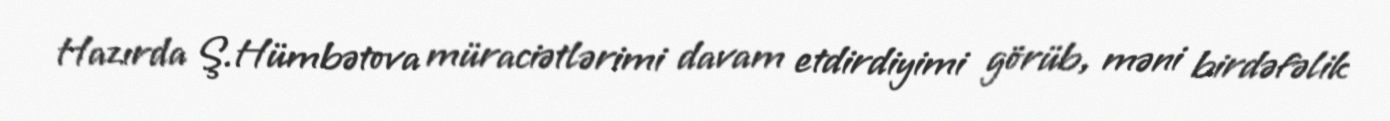
Hazırda Ş.Hümbətova müraciətlərimi davam etdirdiyimi görüb, məni birdəfəlik